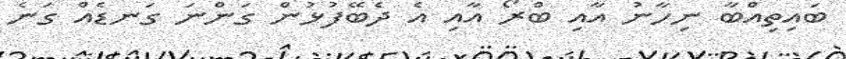
ބައިިތިއްބާ ނިހާނު އާއި ބްރޯ އާއި އެ ދެބޭފުޅުން ގަންނަ ގަނޑެއް ގަނެ